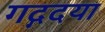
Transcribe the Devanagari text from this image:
गद्गदया